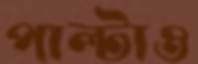
পাল্টাও